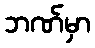
ဘဏ်မှာ